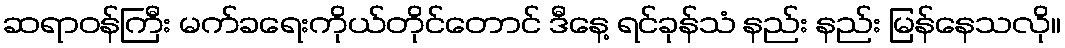
ဆရာဝန်ကြီး မက်ခရေးကိုယ်တိုင်တောင် ဒီနေ့ ရင်ခုန်သံ နည်း နည်း မြန်နေသလို။